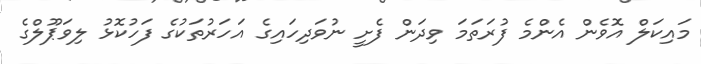
މައިކަލް އޮވެން އެންމެ ފުރަތަމަ ވިދަން ފެށީ ނުވަދިހައިގެ އަހަރުތަކުގެ ފަހުކޮޅު ލިވަޕޫލްގެ